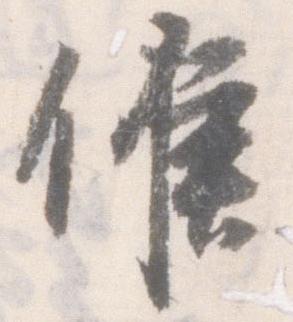
候